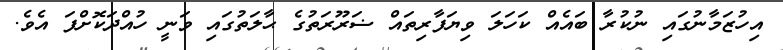
އިހުޒަމާނުގައި ނުކުރާ ބައެއް ކަހަލަ ވިޔަފާރިތައް ޟަރޫރަތުގެ ޙާލަތުގައި ވަނީ ހުއްދަކޮށްފަ އެވެ.